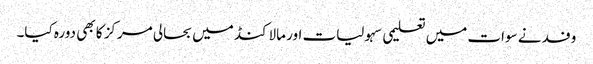
وفد نے سوات میں تعلیمی سہولیات اور مالاکنڈ میں بحالی مرکز کا بھی دورہ کیا۔